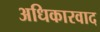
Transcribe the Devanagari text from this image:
अधिकारवाद